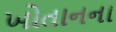
ખોતાનના